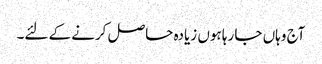
آج وہاں جا رہا ہوں زیادہ حاصل کرنے کے لئے۔